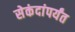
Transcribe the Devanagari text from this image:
सेकंदांपर्यंत